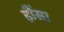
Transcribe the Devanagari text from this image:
हींस।